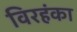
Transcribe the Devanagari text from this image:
विरहंका